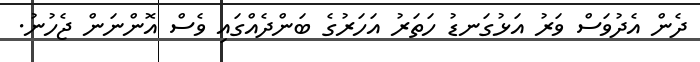
ދެން އެދުވަސް ވަރު އަޅުގަނޑު ހަތަރު އަހަރުގެ ބަންދެއްގައި ވެސް އޮންނަން ޖެހުނު.